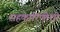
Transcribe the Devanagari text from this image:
सहकारिणीशी